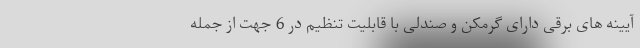
آیینه های برقی دارای گرمکن و صندلی با قابلیت تنظیم در 6 جهت از جمله